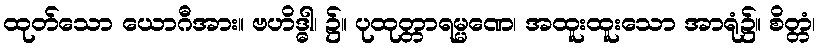
ထုတ်သော ယောဂီအား။ ဗဟိဒ္ဓါ၊ ၌။ ပုထုတ္တာရမ္မဏေ၊ အထူးထူးသော အာရုံ၌။ စိတ္တံ၊